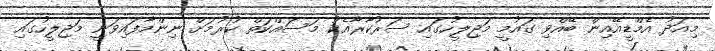
މިއަދު އެމްޑީއޭއިން ބޭއްވި ގައުމީ މަޖިލީހުގައި ސަރުކާރާއެކު މަސައްކަތް ކުރުމަށް ނިންމާފައިވަނީ މަޖިލީހުގައި